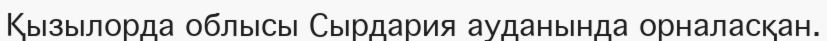
Қызылорда облысы Сырдария ауданында орналасқан.